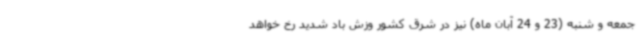
جمعه و شنبه (23 و 24 آبان ماه) نیز در شرق کشور وزش باد شدید رخ خواهد